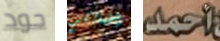
جود أطفالكم أحمد